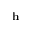
\mathbf { h }